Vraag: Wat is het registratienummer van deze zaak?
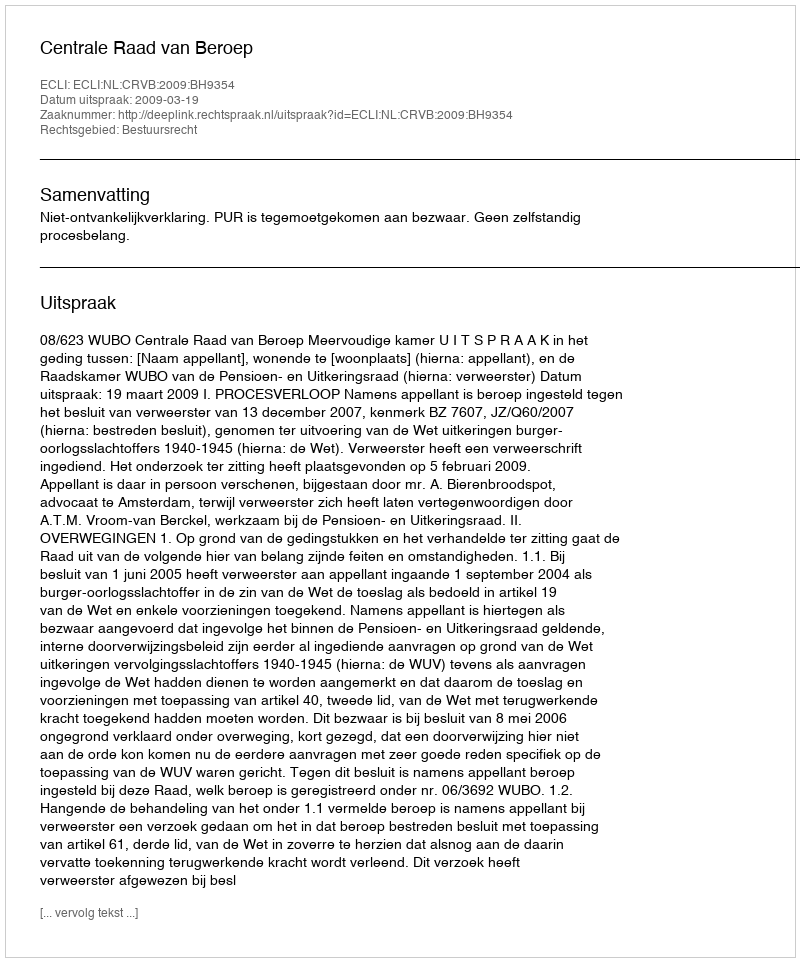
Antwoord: http://deeplink.rechtspraak.nl/uitspraak?id=ECLI:NL:CRVB:2009:BH9354